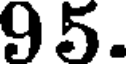
95.